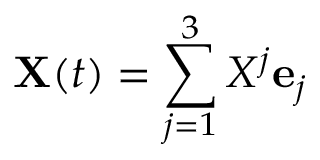
\mathbf { X } ( t ) = \sum _ { j = 1 } ^ { 3 } X ^ { j } \mathbf { e } _ { j }